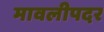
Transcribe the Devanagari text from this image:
मावलीपदर